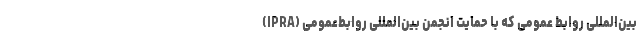
بین‌المللی روابط عمومی که با حمایت انجمن بین‌المللی روابط‌عمومی (IPRA)